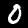
Label: 0